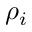
\rho _ { i }